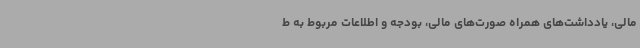
مالی، یادداشت‌های همراه صورت‌های مالی، بودجه و اطلاعات مربوط به ط